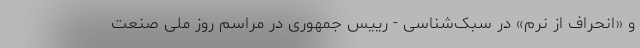
و «انحراف از نُرم» در سبک‌شناسی - رییس جمهوری در مراسم روز ملی صنعت